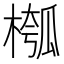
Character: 槬